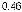
0.46